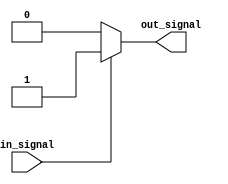
module active_high_buffer (
    input wire in_signal,
    output reg out_signal
);

always @ (in_signal)
begin
    if (in_signal == 1'b1) begin
        out_signal = 1'b1;
    end
    else begin
        out_signal = 1'b0;
    end
end

endmodule